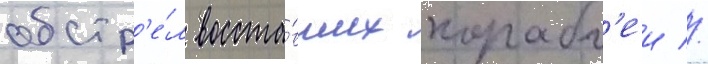
обстр'е́л восста́вших корабл'еи //